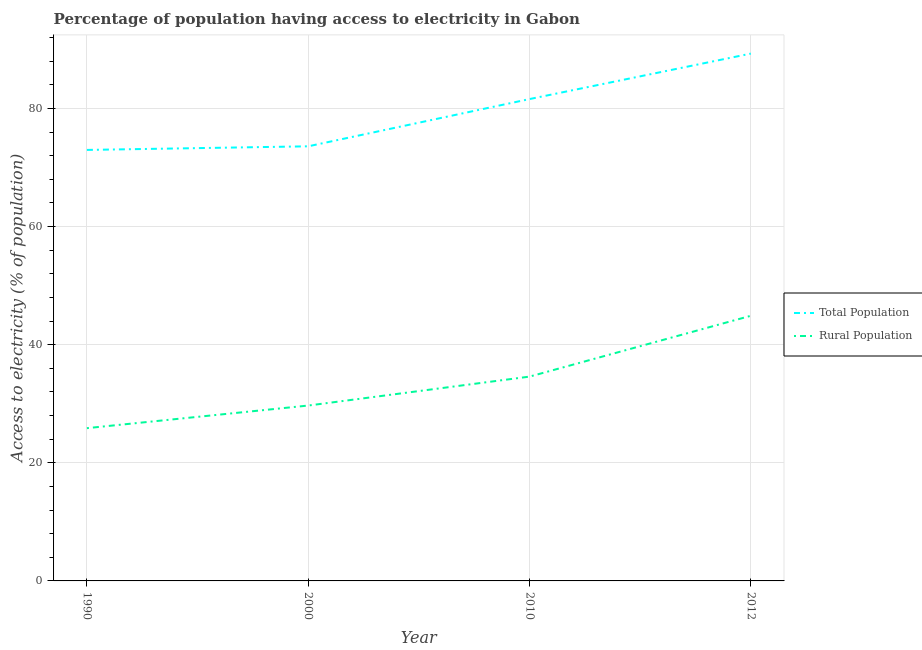
| Year | Total Population | Rural Population |
 | --- | --- | --- |
 | 1990 | 73 | 25.9 |
 | 2000 | 73.6 | 29.7 |
 | 2010 | 81.6 | 34.6 |
 | 2012 | 89.3 | 44.9 |